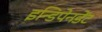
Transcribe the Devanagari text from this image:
इन्डिपेनडेंट